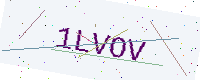
Text: 1LVOV